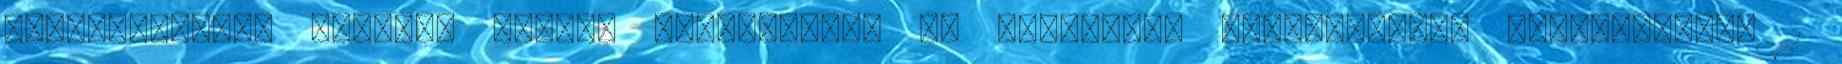
beteljesítése okozhat Minden fáradozását és tanítását megköszönve, szeretettel: 1